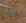
انه